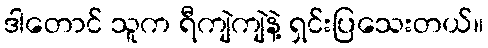
ဒါတောင် သူက ရီကျဲကျဲနဲ့ ရှင်းပြသေးတယ်။